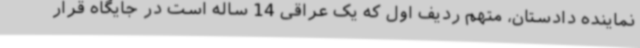
نماینده دادستان، متهم ردیف اول که یک عراقی 14 ساله است در جایگاه قرار